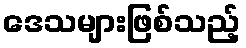
ဒေသများဖြစ်သည့်